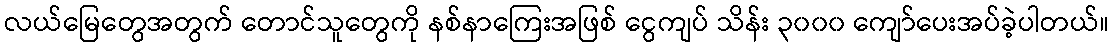
လယ်မြေတွေအတွက် တောင်သူတွေကို နစ်နာကြေးအဖြစ် ငွေကျပ် သိန်း ၃၀၀၀ ကျော်ပေးအပ်ခဲ့ပါတယ်။